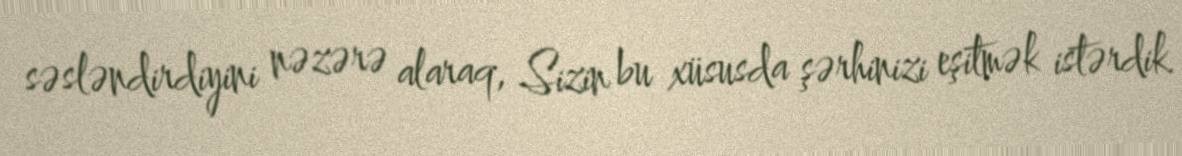
səsləndirdiyini nəzərə alaraq, Sizin bu xüsusda şərhinizi eşitmək istərdik.